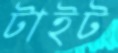
টাইট